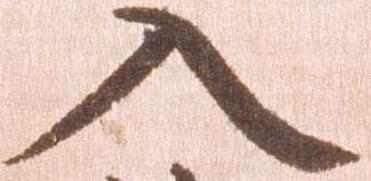
入